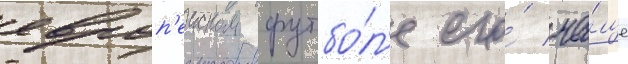
европ'еиском футбо́л'е его́ ча́ще